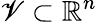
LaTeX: \mathscr{V}\subset\mathbb{{R}}^{n}